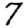
Digit: 7